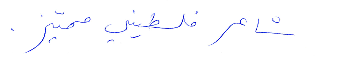
شاعر فلسطيني مميّز.